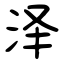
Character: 泽